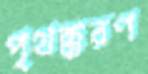
পৃথক্‌করণ